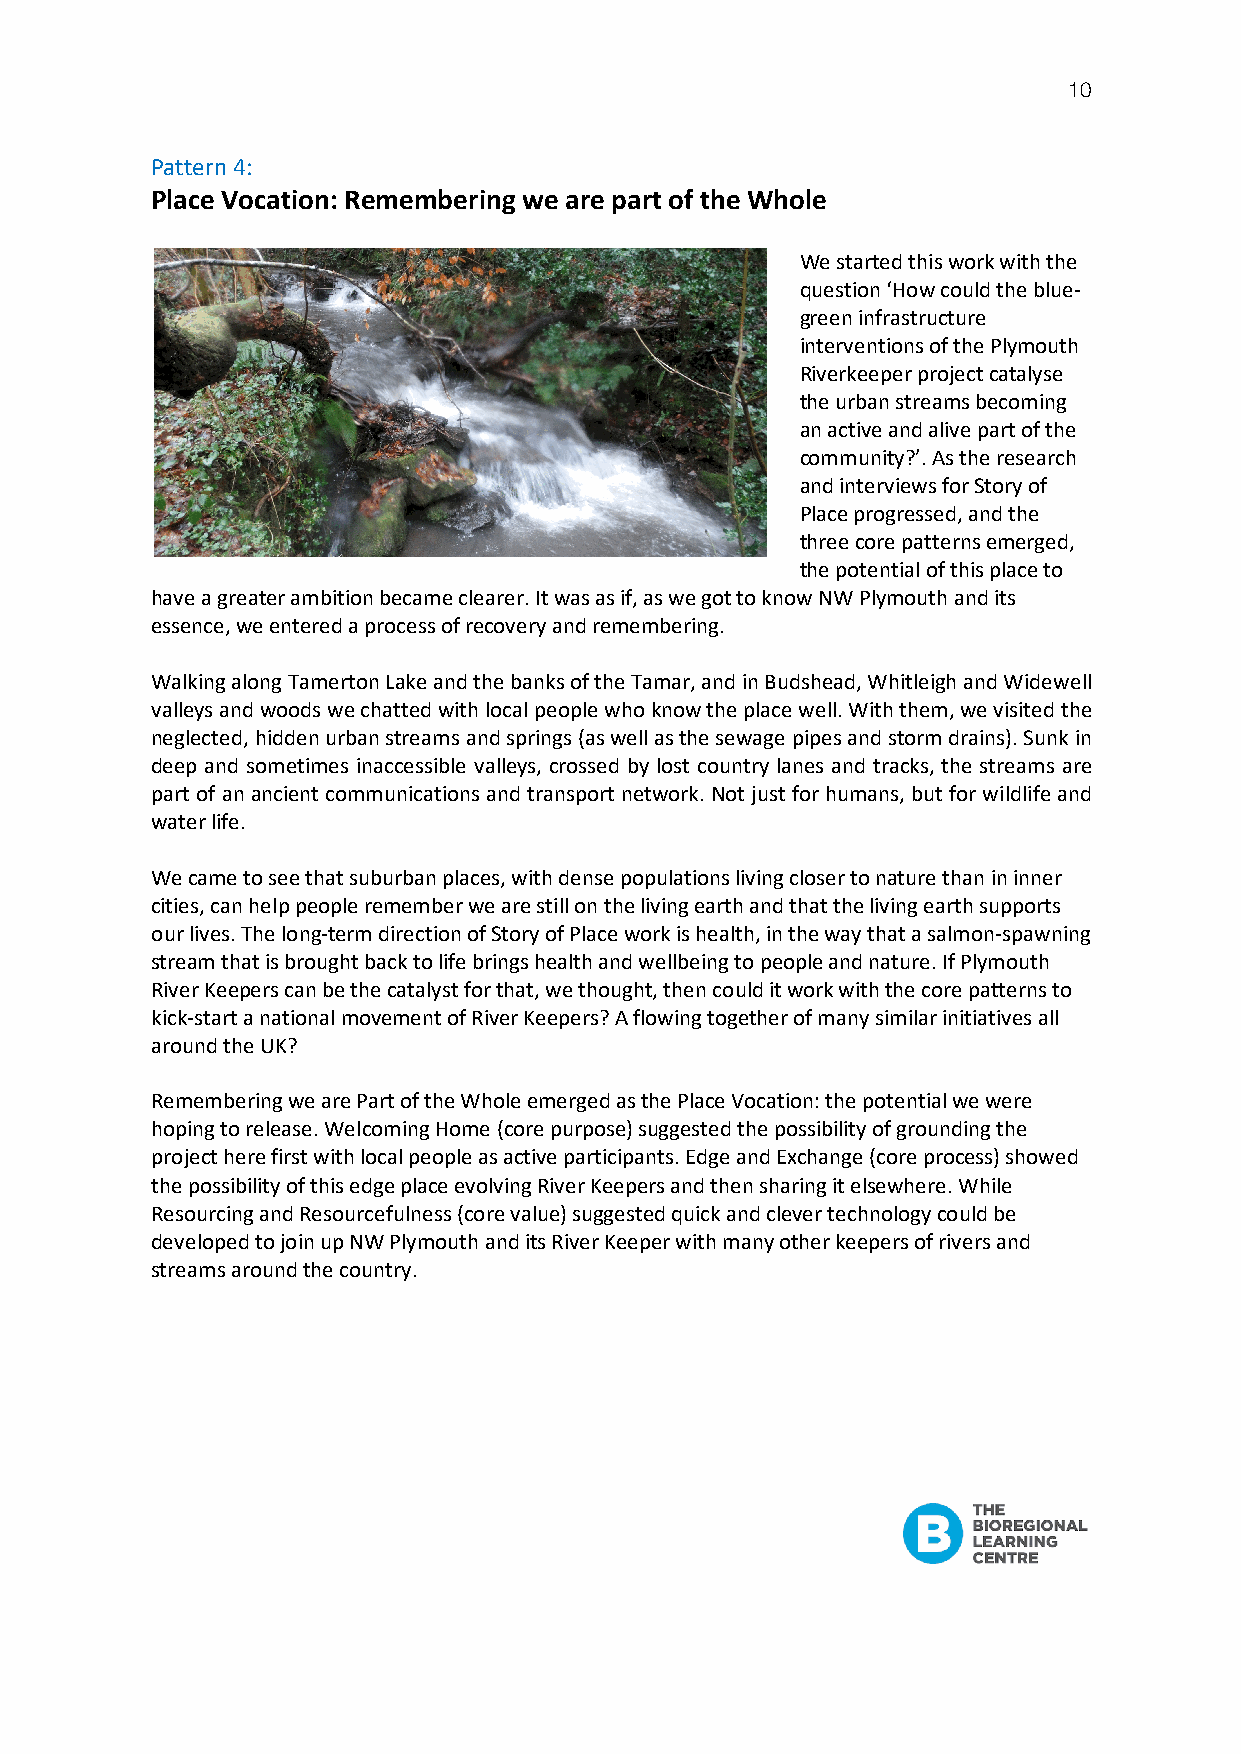
10
 Pattern 4:
 Place Vocation: Remembering we are part of the Whole
 We started this work with the
 question ‘How could the blue-
 green infrastructure
 interventions of the Plymouth
 Riverkeeper project catalyse
 the urban streams becoming
 an active and alive part of the
 community?’. As the research
 and interviews for Story of
 Place progressed, and the
 three core patterns emerged,
 the potential of this place to
 have a greater ambition became clearer. It was as if, as we got to know NW Plymouth and its
 essence, we entered a process of recovery and remembering.
 Walking along Tamerton Lake and the banks of the Tamar, and in Budshead, Whitleigh and Widewell
 valleys and woods we chatted with local people who know the place well. With them, we visited the
 neglected, hidden urban streams and springs (as well as the sewage pipes and storm drains). Sunk in
 deep and sometimes inaccessible valleys, crossed by lost country lanes and tracks, the streams are
 part of an ancient communications and transport network. Not just for humans, but for wildlife and
 water life.
 We came to see that suburban places, with dense populations living closer to nature than in inner
 cities, can help people remember we are still on the living earth and that the living earth supports
 our lives. The long-term direction of Story of Place work is health, in the way that a salmon-spawning
 stream that is brought back to life brings health and wellbeing to people and nature. If Plymouth
 River Keepers can be the catalyst for that, we thought, then could it work with the core patterns to
 kick-start a national movement of River Keepers? A flowing together of many similar initiatives all
 around the UK?
 Remembering we are Part of the Whole emerged as the Place Vocation: the potential we were
 hoping to release. Welcoming Home (core purpose) suggested the possibility of grounding the
 project here first with local people as active participants. Edge and Exchange (core process) showed
 the possibility of this edge place evolving River Keepers and then sharing it elsewhere. While
 Resourcing and Resourcefulness (core value) suggested quick and clever technology could be
 developed to join up NW Plymouth and its River Keeper with many other keepers of rivers and
 streams around the country.